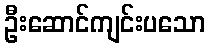
ဦးဆောင်ကျင်းပသော